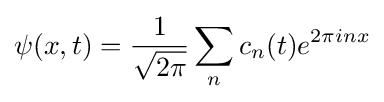
\psi (x,t)={\frac {1}{\sqrt {2\pi }}}\sum _{n}c_{n}(t)e^{2\pi inx}